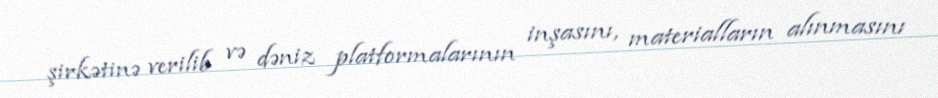
şirkətinə verilib və dəniz platformalarının inşasını, materialların alınmasını